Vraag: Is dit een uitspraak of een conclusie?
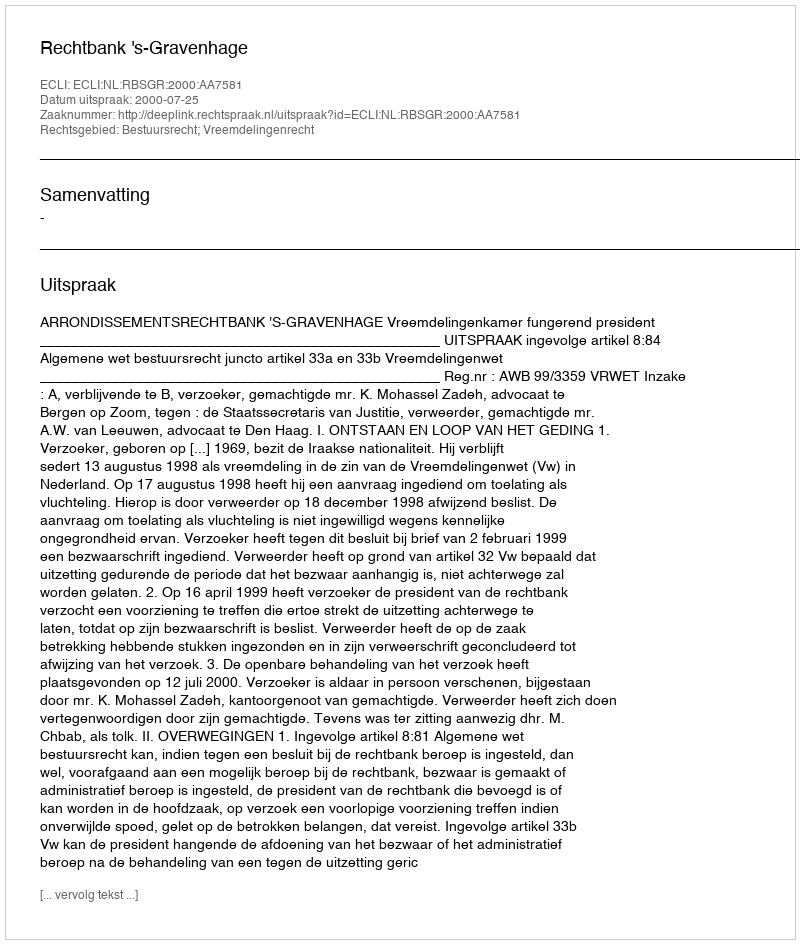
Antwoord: Uitspraak